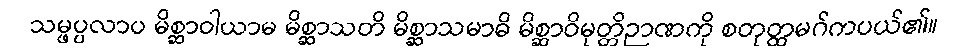
သမ္ဖပ္ပလာပ မိစ္ဆာဝါယာမ မိစ္ဆာသတိ မိစ္ဆာသမာဓိ မိစ္ဆာဝိမုတ္တိဉာဏကို စတုတ္ထမဂ်ကပယ်၏။